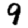
Digit: 9